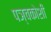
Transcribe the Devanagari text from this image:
पञ्चकोशी